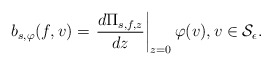
\begin{align*} b_{s,\varphi}(f, v) = \left. \frac{ d \Pi_{s,f,z} }{ dz } \right|_{z=0} \varphi(v), v \in \mathcal{S}_{\epsilon}. \end{align*}